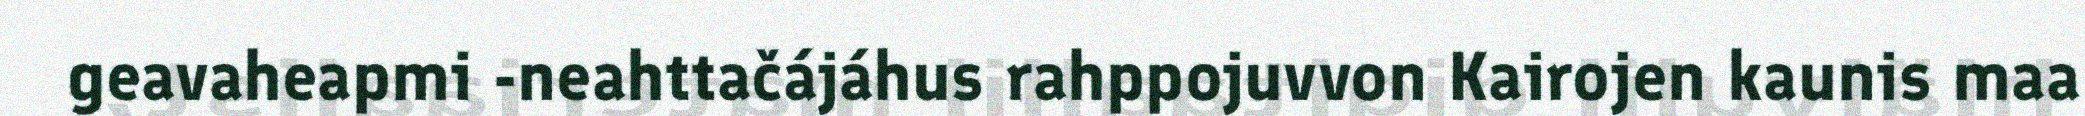
geavaheapmi -neahttačájáhus rahppojuvvon Kairojen kaunis maa